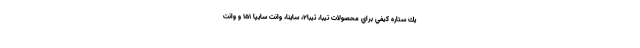
يك ستاره كيفي براي محصولات تيبا، تيبا۲، ساينا، وانت سایپا 151 و وانت